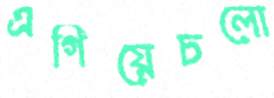
এগিয়েচলো